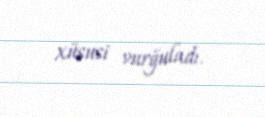
xüsusi vurğuladı.